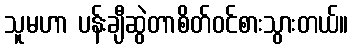
သူမဟာ ပန်းချီဆွဲတာစိတ်ဝင်စားသွားတယ်။